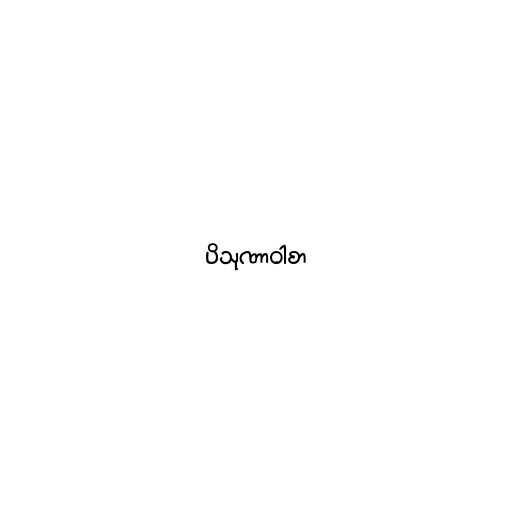
ပိသုဏာဝါစာ